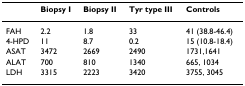
<table><thead><tr><td></td><td><b>Biopsy I</b></td><td><b>Biopsy II</b></td><td><b>Tyr type III</b></td><td><b>Controls</b></td></tr></thead><tbody><tr><td>FAH</td><td>2.2</td><td>1.8</td><td>33</td><td>41 (38.8-46.4)</td></tr><tr><td>4-HPD</td><td>11</td><td>8.7</td><td>0.2</td><td>15 (10.8-18.4)</td></tr><tr><td>ASAT</td><td>3472</td><td>2669</td><td>2490</td><td>1731,1641</td></tr><tr><td>ALAT</td><td>700</td><td>810</td><td>1340</td><td>665, 1034</td></tr><tr><td>LDH</td><td>3315</td><td>2223</td><td>3420</td><td>3755, 3045</td></tr></tbody></table>